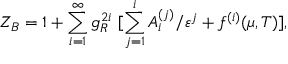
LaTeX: Z _ { B } = 1 + \sum _ { i = 1 } ^ { \infty } g _ { R } ^ { 2 i } \ [ \sum _ { j = 1 } ^ { i } A _ { i } ^ { ( j ) } / \varepsilon ^ { j } + f ^ { ( i ) } ( \mu , T ) ] ,